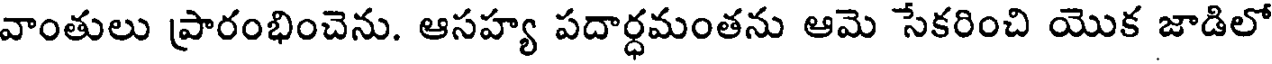
వాంతులు ప్రారంభించెను. ఆసహ్య పదార్ధమంతను ఆమె సేకరించి యొక జాడిలో